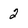
Character: 2